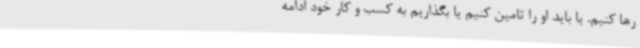
رها کنیم. یا باید او را تامین کنیم یا بگذاریم به کسب و کار خود ادامه